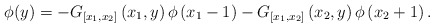
\begin{align*}\phi(y)=-G_{\left[x_{1}, x_{2}\right]}\left(x_{1}, y\right) \phi\left(x_{1}-1\right)-G_{\left[x_{1}, x_{2}\right]}\left(x_{2}, y\right) \phi\left(x_{2}+1\right).\end{align*}